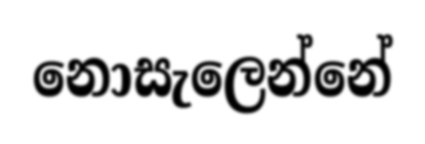
නොසැලෙන්නේ